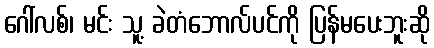
ဂေါ်လစ်၊ မင်း သူ့ ခဲတံဘောလ်ပင်ကို ပြန်မပေးဘူးဆို